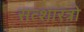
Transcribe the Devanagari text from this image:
सत्शास्त्रो